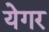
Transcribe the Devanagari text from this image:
येगर